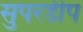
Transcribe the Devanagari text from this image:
सुपरडीप